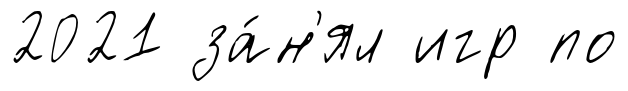
2021 за́н'ял игр по